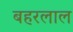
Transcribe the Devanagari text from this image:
बहरलाल